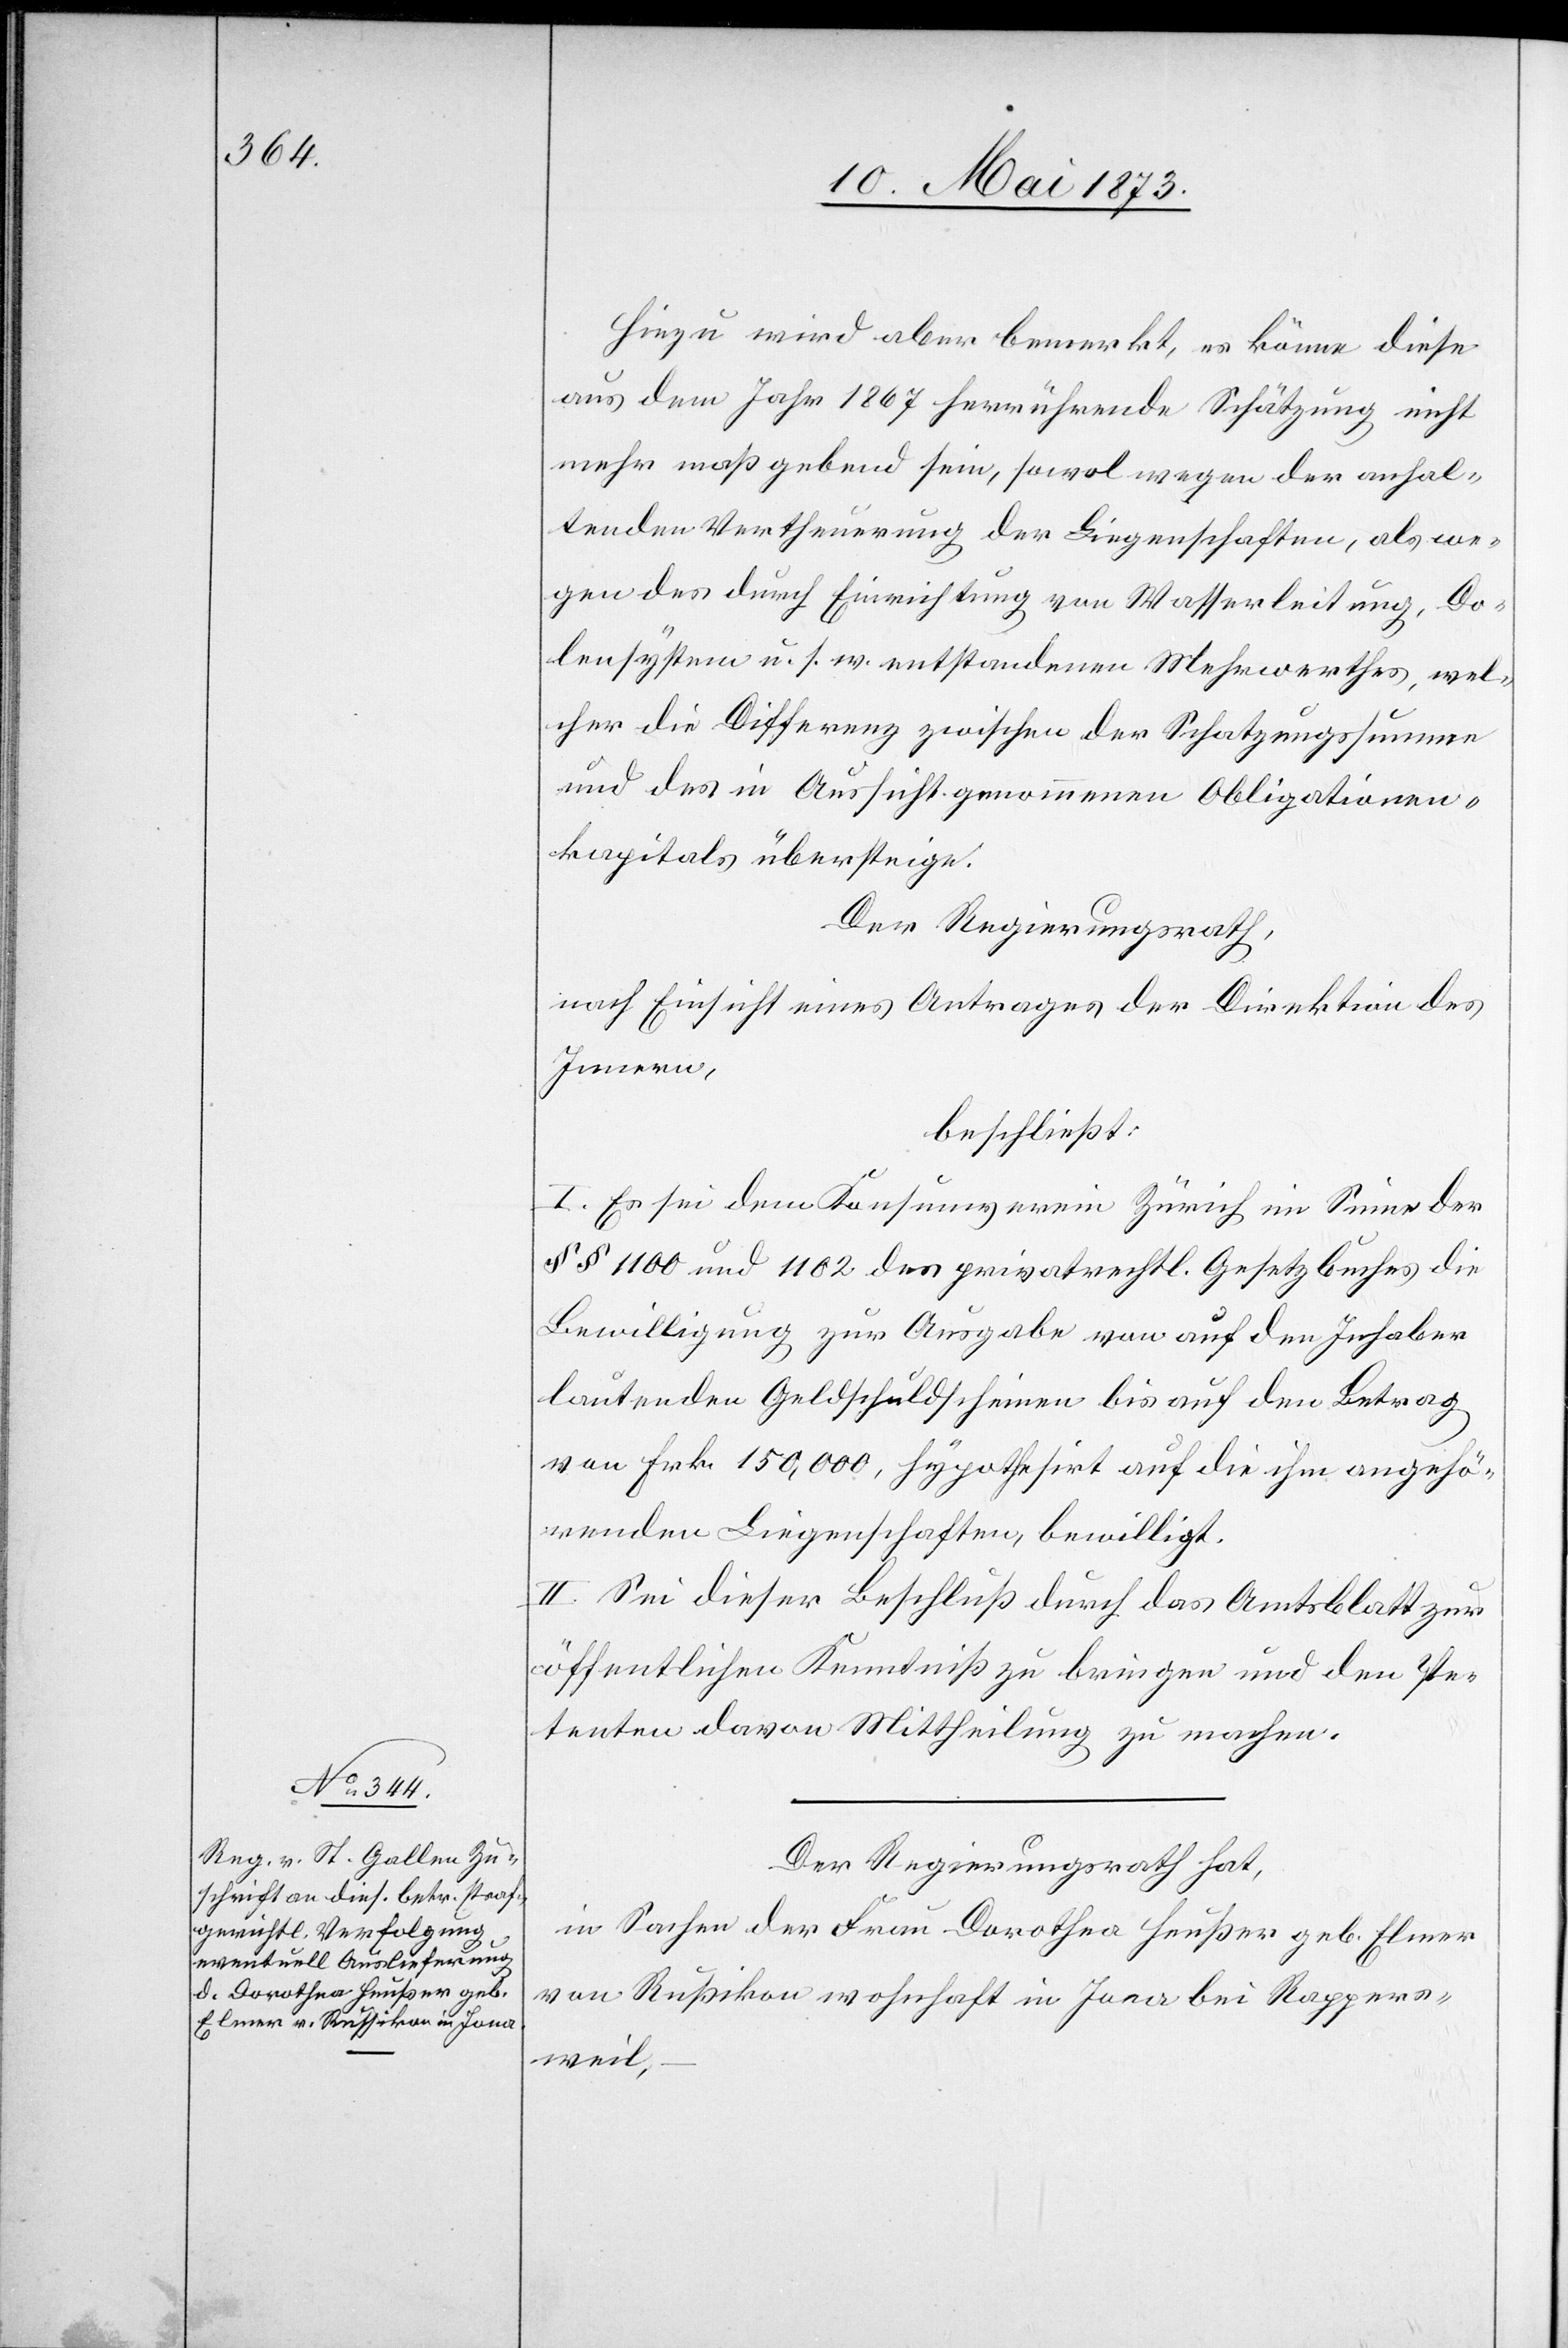
Hiezu wird aber bemerkt, es könne diese
aus dem Jahr 1867 herrührende Schätzung nicht
mehr maßgebend sein, sowol wegen der anhal¬
tenden Vertheuerung der Liegenschaften, als we¬
gen des durch Einrichtung von Wasserleitung, Do¬
lensystem u. s. w. entstandenen Mehrwerthes, wel¬
cher die Differenz zwischen der Schatzungssumme
und des in Aussicht genommenen Obligationen¬
kapitals übersteige.
Der Regierungsrath,
nach Einsicht eines Antrages der Direktion des
Innern,
beschließt:
I. Es sei dem Konsumverein Zürich im Sinne der
§ § 1100 und 1102 des privatrechtl. Gesetzbuches die
Bewilligung zur Ausgabe von auf den Inhaber
lautenden Geldschuldscheinen bis auf den Betrag
von Frk. 150,000, hypothesirt auf die ihm angehö¬
renden Liegenschaften, bewilligt.
II. Sei dieser Beschluß durch das Amtsblatt zur
öffentlichen Kenntniß zu bringen und den Pe¬
tenten davon Mittheilung zu machen.
Der Regierungsrath hat,
in Sachen der Frau Dorothea Heußer geb. Elmer
von Rußikon wohnhaft in Jona bei Rappers¬
weil,